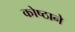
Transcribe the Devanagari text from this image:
कोष्ठाने